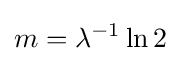
m=\lambda ^{-1}\ln 2